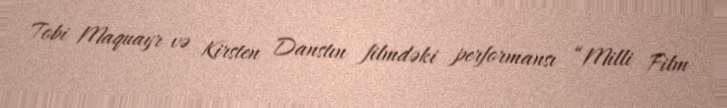
Tobi Maquayr və Kirsten Danstın filmdəki performansı “Milli Film